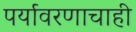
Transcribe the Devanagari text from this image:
पर्यावरणाचाही